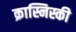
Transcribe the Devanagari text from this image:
क्रास्निस्की